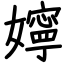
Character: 嬣